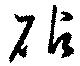
砧